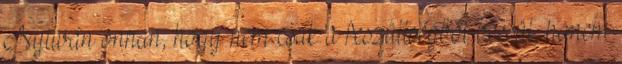
Nyilván onnan, hogy nem csak a feszültségből becsül, hanem